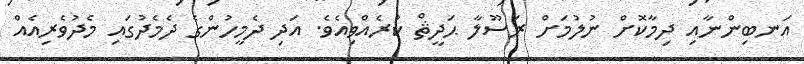
އަނބިންނާއި ދިމާކޮށް ނުލުމަށް ރަސޫލާ ޙަދީޘް ކުރެއްވިއެވެ. އަދި ދެމީހުންގެ ދެމެދުގައި މެދުވެރިއެއް